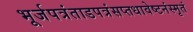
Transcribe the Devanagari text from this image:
भूर्जपत्रंताडपत्रंसप्तधावेष्टनंस्मृतं